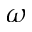
\omega